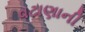
વટાણાની